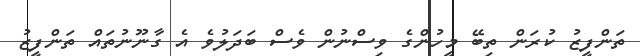
ތަންފީޒު ކުރަން ތިބޭ މީހުންގެ ވިސްނުން ވެސް ބަދަލުވެ އެ ގާނޫނުތައް ތަންފީޒު